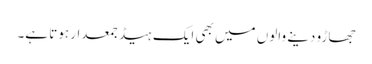
جھاڑو دینے والوں میں بھی ایک ہیڈ جمعدار ہوتا ہے۔